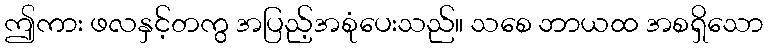
ဤကား ဖလနှင့်တကွ အပြည့်အစုံပေးသည်။ သစေ ဘာယထ အစရှိသော